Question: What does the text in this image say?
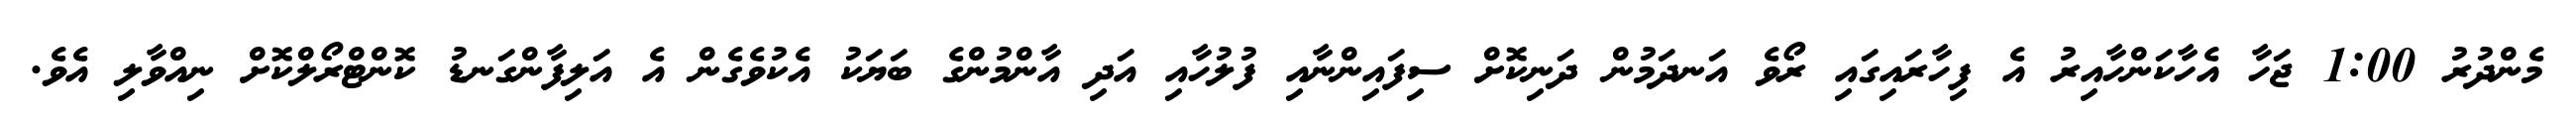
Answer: މެންދުރު 1:00 ޖަހާ އެހާކަންހާއިރު އެ ފިހާރައިގައި ރޯވެ އަނދަމުން ދަނިކޮށް ސިފައިންނާއި ފުލުހާއި އަދި އާންމުންގެ ބަޔަކު އެކުވެގެން އެ އަލިފާންގަނޑު ކޮންޓްރޯލްކޮށް ނިއްވާލި އެވެ.